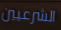
الشرعيين